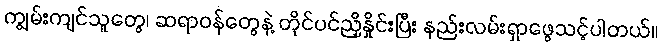
ကျွမ်းကျင်သူတွေ၊ ဆရာဝန်တွေနဲ့ တိုင်ပင်ညှိနှိုင်းပြီး နည်းလမ်းရှာဖွေသင့်ပါတယ်။